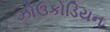
ઝોઉકોડિયન